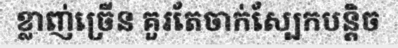
ខ្លាញ់ច្រើន គួរតែចាក់ស្បែកបន្តិច